Report of the Lahore Medical School Hospital
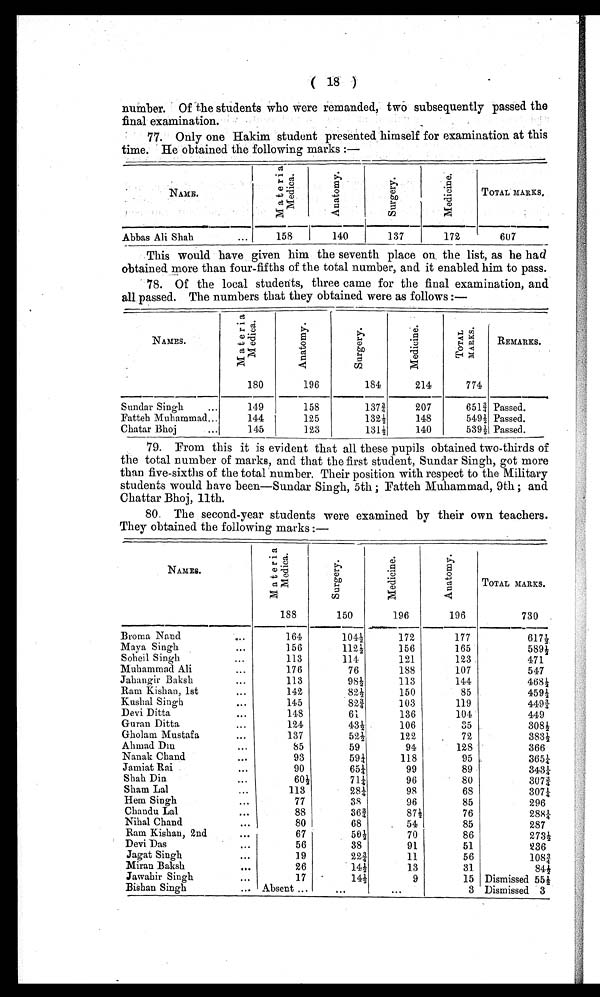
( 18 )
number. Of the students who were remanded, two subsequently passed the
final examination.
•
77. Only one Hakim student presented himself for examination at this
time. He obtained the following marks :—
NAME.
M a t e r i a M e d i c a .
A n a t o m y .
S u r g e r y .
M e d i c i n e .
TOTAL MARKS.
Abbas Ali Shah
...
158
140
137
172
607
This would have given him the seventh place on the list, as he had
obtained more than four-fifths of the total number, and it enabled him to pass.
78. Of the local students, three came for the final examination, and
all passed. The numbers that they obtained were as follows :—
NAMES.
M a t e r i a M e d i c a .
180
A n a t o m y .
196
S u r g e r y .
184
M e d i c i n e .
214
T O T A L M A R K S .
774
REMARKS.
Sundar Singh
...
149
158
137 3/4
207
651 3/4 Passed.
Fatteh Muhammad...
144
125
132 1/2
148
549 1/2 Passed.
Chatar Bhoj
...
145
123
131 1/2
140
539 1/2 Passed.
79. From this it is evident that all these pupils obtained two-thirds of
the total number of marks, and that the first student, Sundar Singh, got more
than five-sixths of the total number. Their position with respect to the Military
students would have been—Sundar Singh, 5th ; Fatteh Muhammad, 9th ; and
Chattar Bhoj, llth.
80. The second-year students were examined by their own teachers.
They obtained the following marks :—
NAMES.
M a t e r i a M e d i c a .
188
S u r g e r y .
150
M e d i c i n e .
196
A n a t o m y .
196
TOTAL MARKS.
730
Broma Nand
...
164
104 1/2
172
177
617 1/2
Maya Singh
...
156
112 1/2
156
165
589 1/2
Soheil Singh
...
113
114
121
123
471
Muhammad Ali
...
176
76
188
107
547
Jahangir Baksh
...
113
98 1/2
113
144
468 1/2
Ram Kishan, 1st
...
142
82 1/2
150
85
459 1/2
Kushal Singh
...
145
82 3/4
103
119
449 3/4
Devi Ditta
...
148
61
136
104
449
Guran Ditta
...
124
43 1/2
106
35
308 1/2
Gholam Mustafa
...
137
52 1/2
122
72
383 1/2
Ahmad Din
...
85
59
94
128
366
Nanak Chand
...
93
59 1/4
118
95
365 1/4
Jamiat Rai
...
90
65 1/4
99
89
343 1/4
Shah Din
...
60 1/2
71 1/4
96
80
307 3/4
Sham Lal
...
113
28 1/4
98
68
307 1/4
Hem Singh
...
77
38
96
85
296
Chandu Lal
...
88
36 3/4
87 1/2
76
288 1/4
Nihal Chand
...
80
68
54
85
287
Ram Kishan, 2nd
...
67
50 1/2
70
86
273 1/2
Devi Das
...
56
38
91
51
236
Jagat Singh
...
19
22 3/4
11
56
108 3/4
Miran Baksh
...
26
14 1/2
13
31
84 1/2
Jawahir Singh
...
17
14 1/2
9
15 Dismissed 55 1/2
Bishan Singh
... Absent ...
...
. . .
3 Dismissed 3